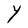
Character: Y